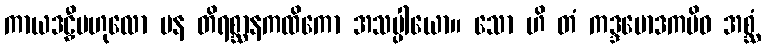
ကာယဒဠှီဗဟုလော ပန တိရစ္ဆာနကထိကော အသပ္ပါယော။ သော ဟိ တံ ကဒ္ဒမောဒကမိဝ အစ္ဆံ